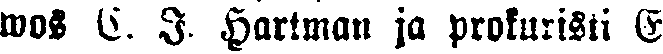
wos C. I. Hartman ja prokuristi E